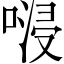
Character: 𠺸